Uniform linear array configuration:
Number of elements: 12
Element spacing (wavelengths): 0.75
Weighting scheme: kaiser
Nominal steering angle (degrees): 30
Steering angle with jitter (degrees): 29.914
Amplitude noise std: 0.05
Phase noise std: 0.05

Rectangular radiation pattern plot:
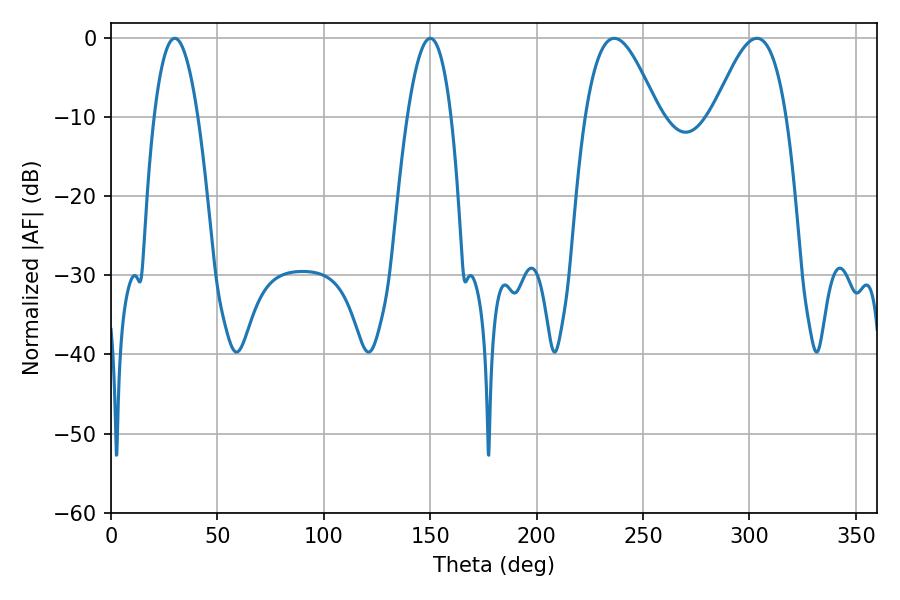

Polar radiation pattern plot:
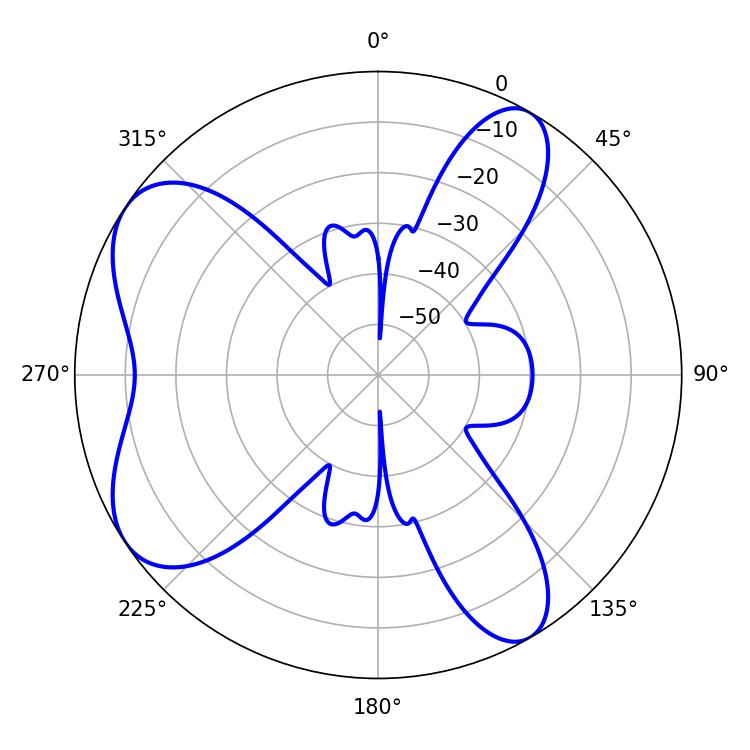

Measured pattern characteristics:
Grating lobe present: TRUE
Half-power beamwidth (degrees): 18.54
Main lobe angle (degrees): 236.52